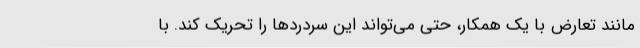
مانند تعارض با یک همکار، حتی می‌تواند این سردردها را تحریک کند. با